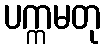
ပက္ကမတု